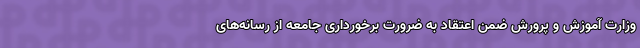
وزارت آموزش و پرورش ضمن اعتقاد به ضرورت برخورداری جامعه از رسانه‌های